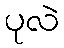
ပုလဲ